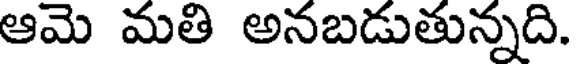
ఆమె మతి అనబడుతున్నది.